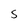
Character: S